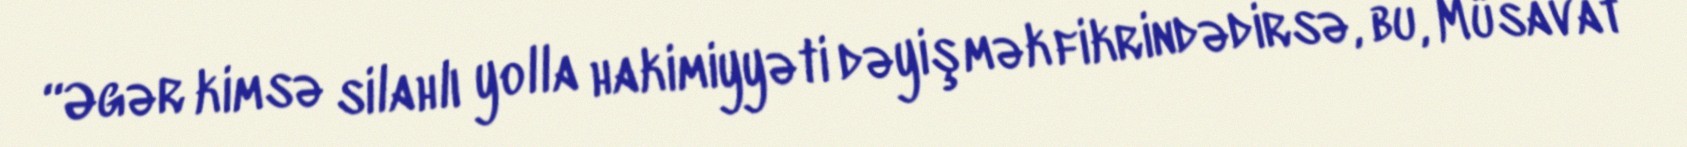
“Əgər kimsə silahlı yolla hakimiyyəti dəyişmək fikrindədirsə, bu, Müsavat